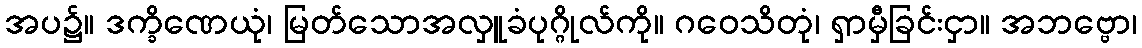
အပ၌။ ဒက္ခိဏေယုံ၊ မြတ်သောအလှူခံပုဂ္ဂိုလ်ကို။ ဂဝေသိတုံ၊ ရှာမှီခြင်းငှာ။ အဘဗ္ဗော၊